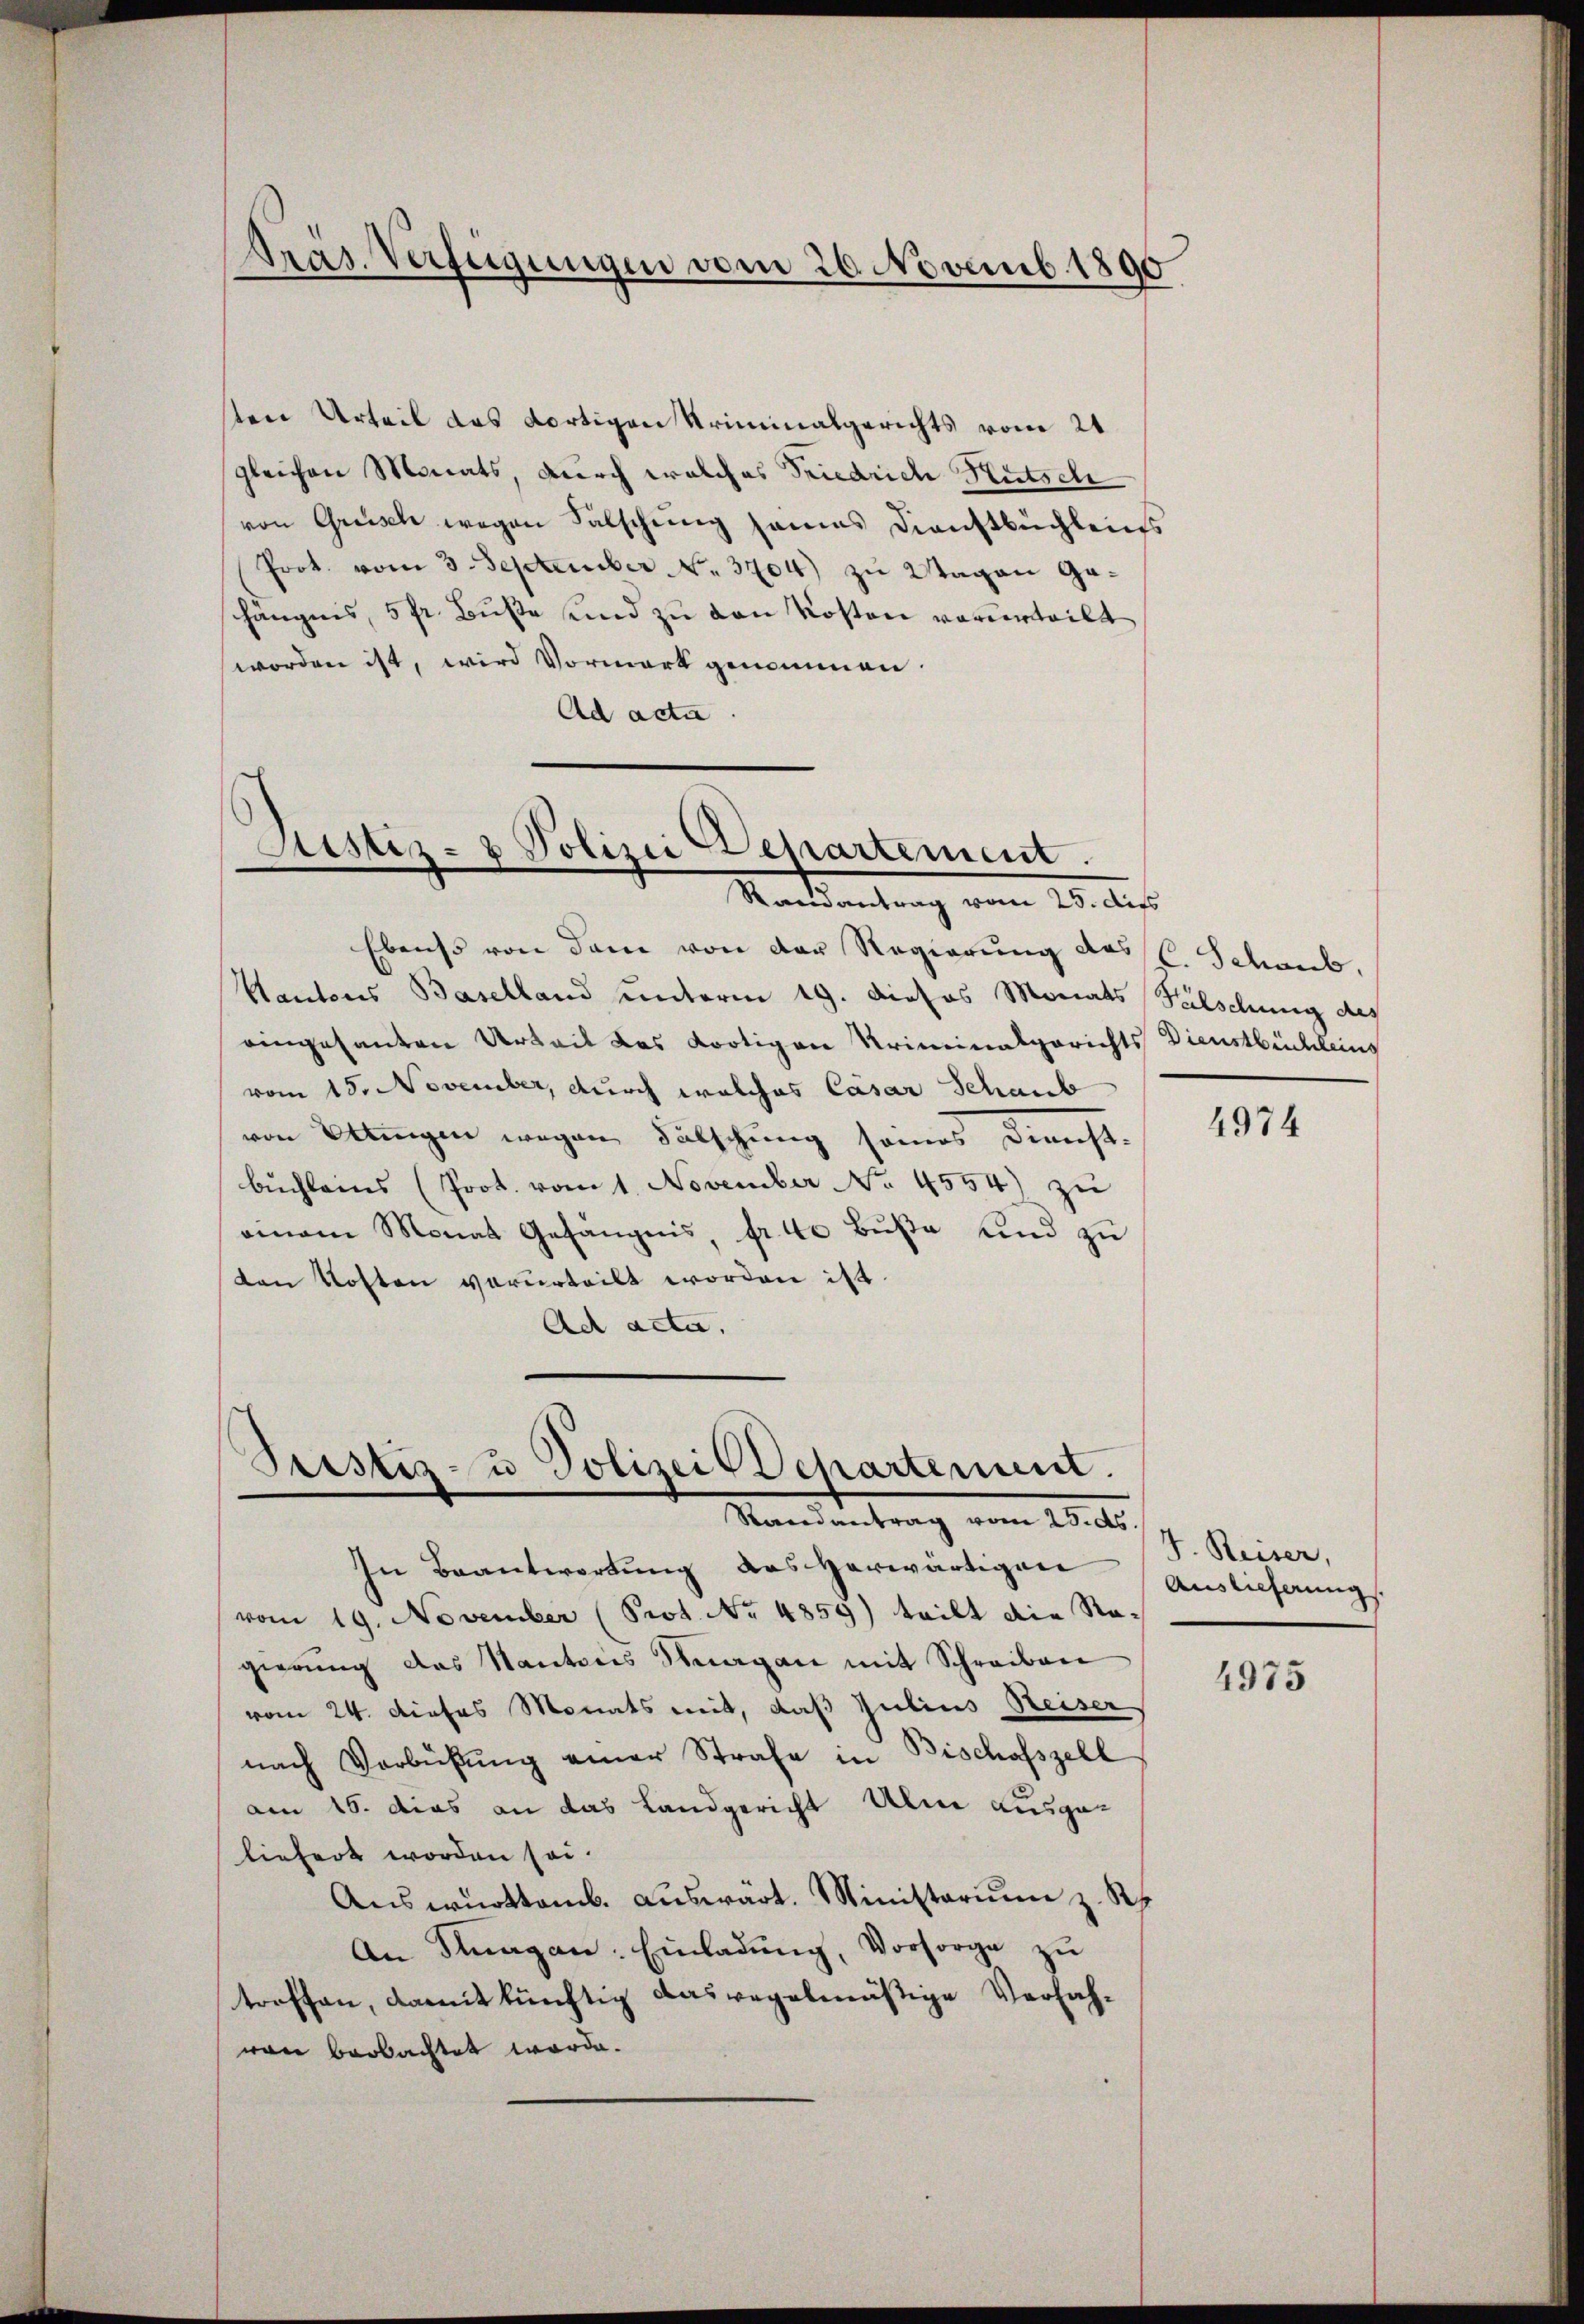
Pras. Verfügungen vom 20. Novemb. 1890

ten Urteil das dortigen Kriminalgerichts vom 21
gleichen Monats, durch welches Friedrich Rutsch
von Grüsch wegen Falschung seines Dienstbüchleins
Prot. vom 3. September N. 3704) zu Wagen Gahängnis, 5 fr. Buße und zu den Kosten vorurteilt
worden ist, wird Vormark genommen.
Ad acta.

Justiz- & Polizei Departement.
Randantrag vom 25. dies

Ebenso von dem von der Regierung des C. Schaub,
Kantons Baselland unterm 19. dieses Monats Fälschung des
eingesanten Urteil das dortigen Kriminalgerichts Dienstbüchleins
vom 15. November, durch welches Cäsar Schaub
von Ettingen wegen Fälschung seines Dienst-
bŭchleins (Prot. vom 1. November No. 4554) zu
einem Monat Gefängnis, fr. 40 Bŭβe und zu
den Kosten verurteilt worden ist.
Ad acta.

Sistiz- u Polizei Departement.
Randantrag vom 25. ds.

In Beantwortung des herwärtigen Auslieferungs
vom 19. November (Prot. No 4859) teilt die Ragierung das Kantons Aargau mit Schreiben
vom 24. dieses Monats mit, daß Julius Reiser
nach Verbühŭng einer Strafe in Bischofszell
am 16. das an das Landgericht Ulne ausgeliefert worden sei.
Auswürttemb. auswärt. Ministerium z. R.
An Fragen: Einladŭng, Vorsorge zu
troffen, damit künftig das regelmäßige Verfahvon beobachtet worde.

4974

J. Reiser,

4975